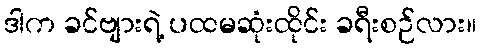
ဒါက ခင်ဗျားရဲ့ ပထမဆုံးထိုင်း ခရီးစဉ်လား။